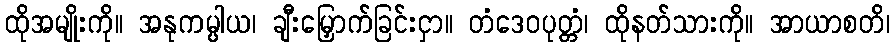
ထိုအမျိုးကို။ အနုကမ္ပါယ၊ ချီးမြှောက်ခြင်းငှာ။ တံဒေဝပုတ္တံ၊ ထိုနတ်သားကို။ အာယာစတိ၊